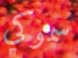
سموكي